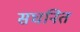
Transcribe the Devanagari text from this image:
सघनित